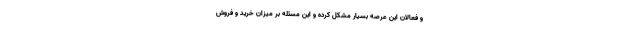
و فعالان این عرصه بسیار مشکل کرده و این مسئله بر میزان خرید و فروش